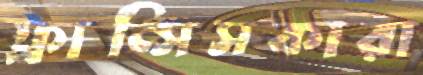
ফ্রান্সিসকারা